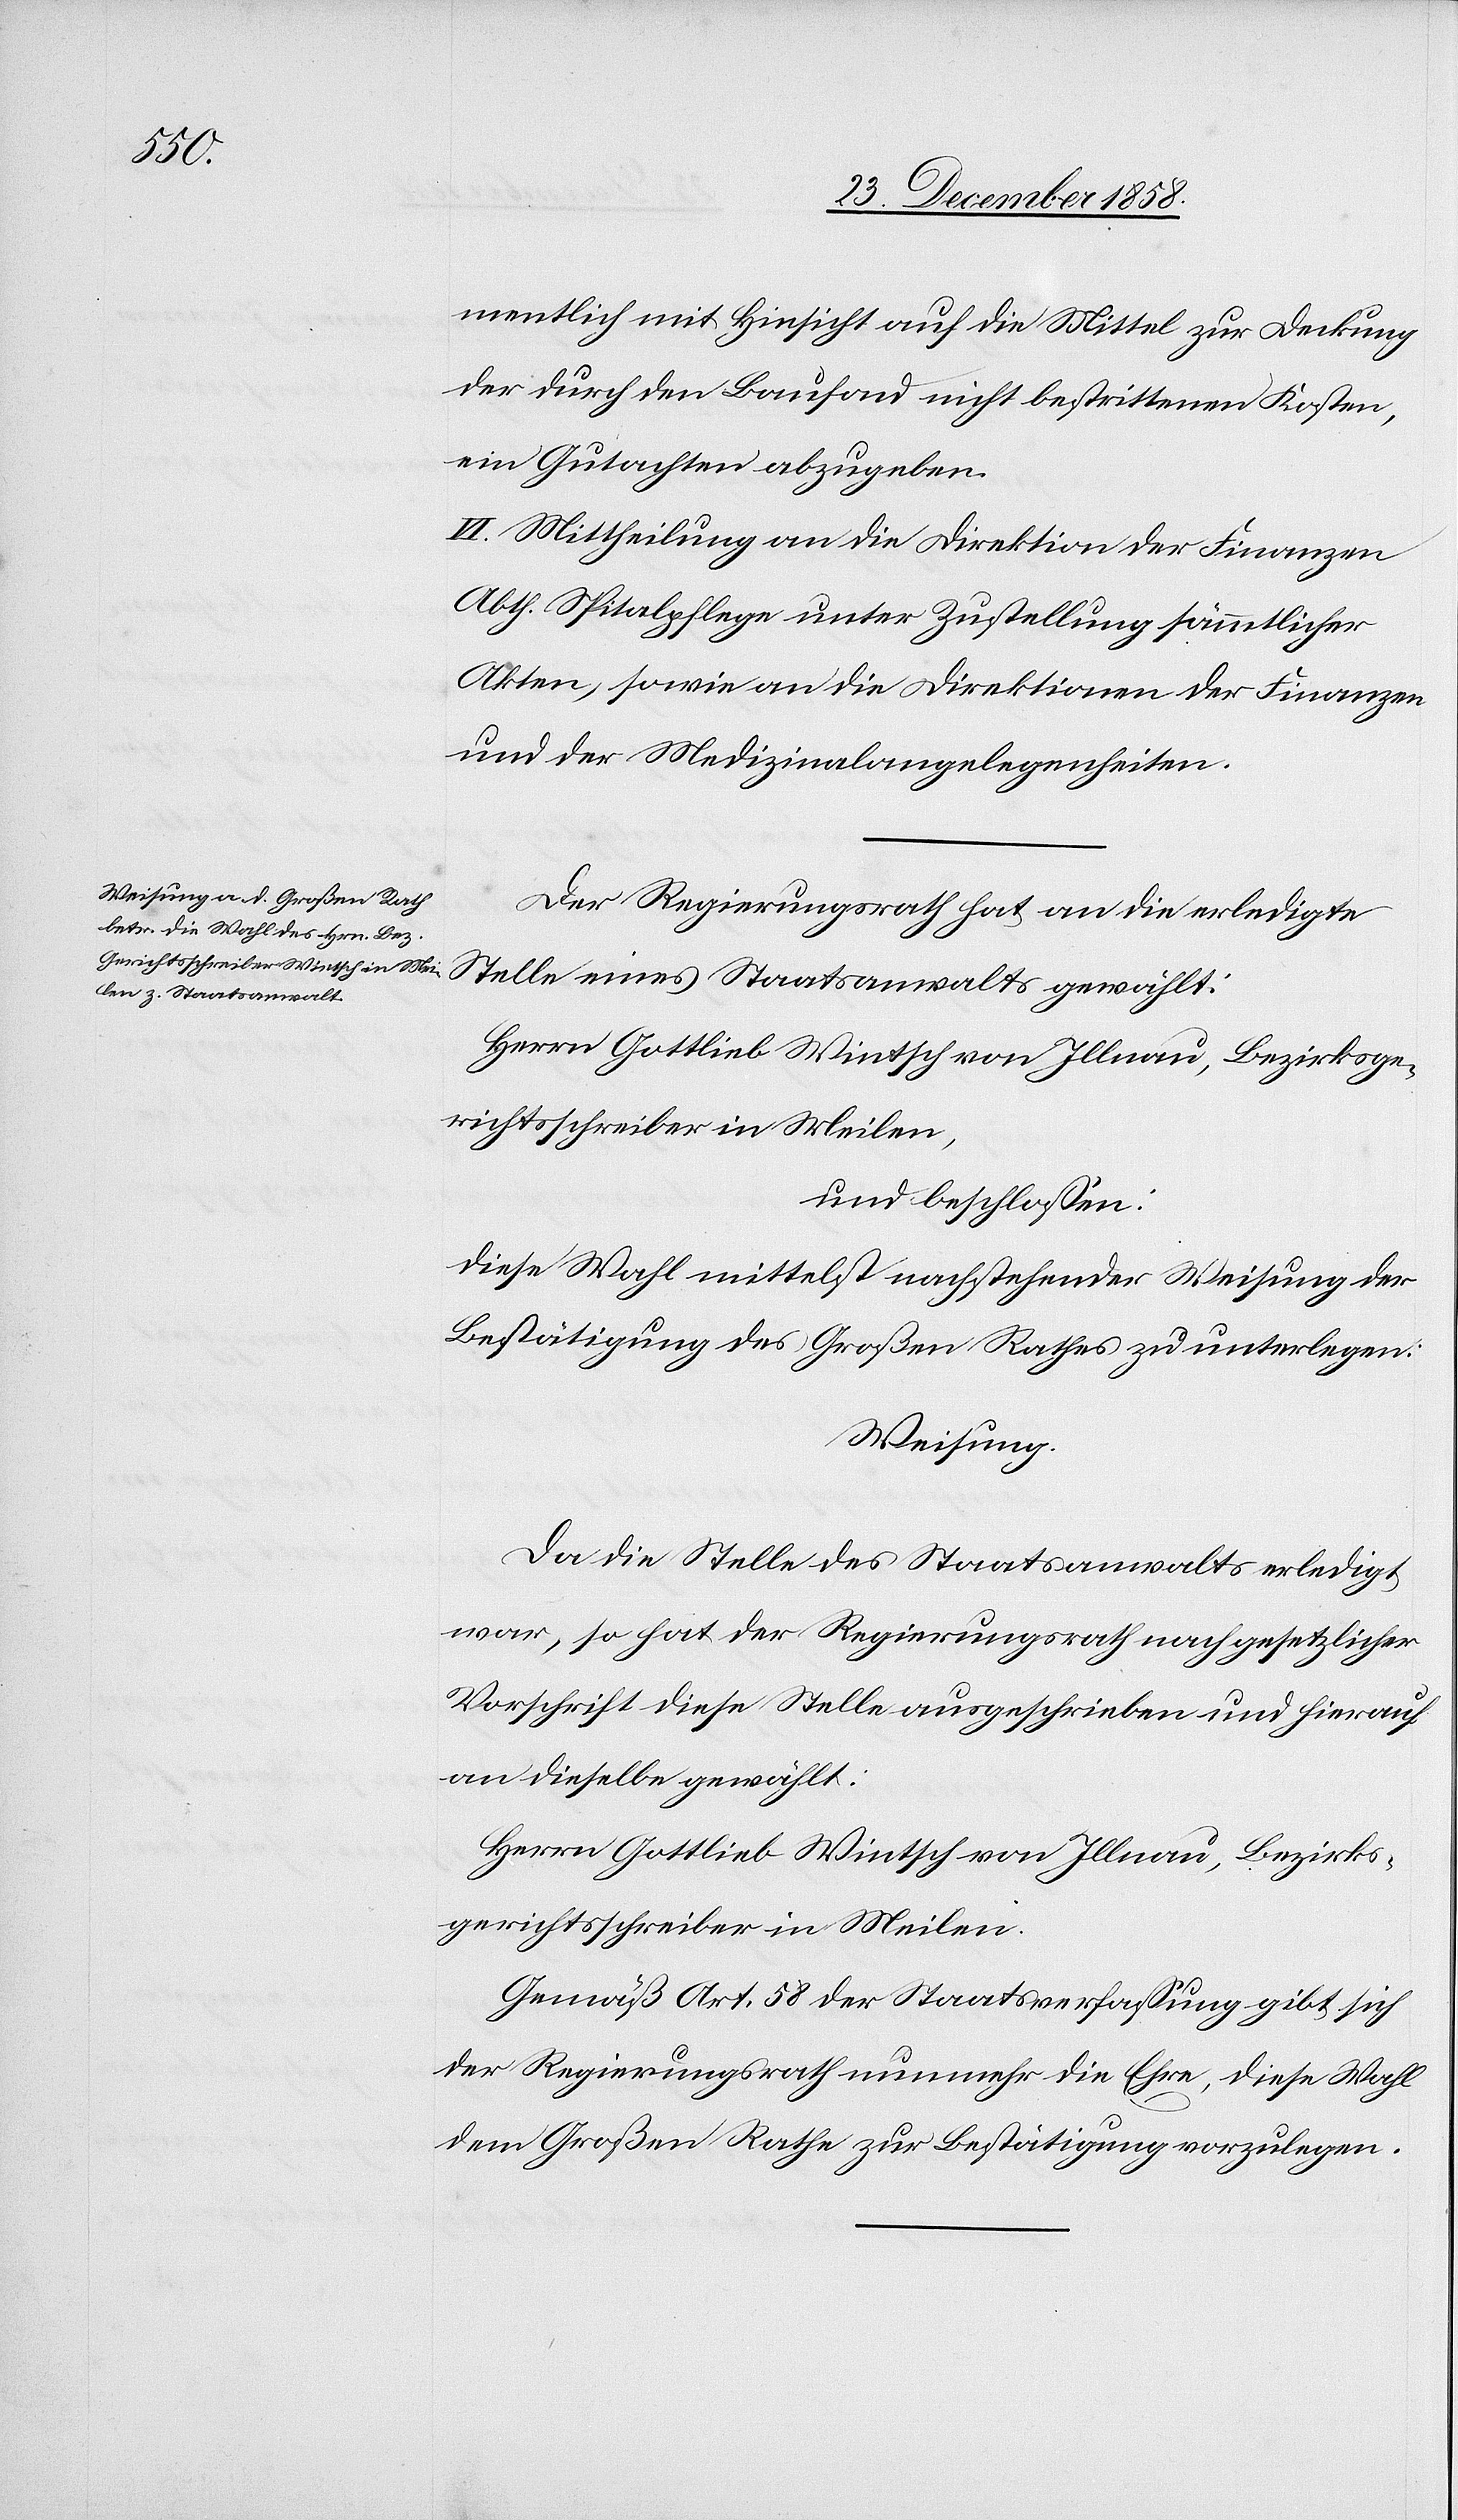
Stelle
mentlich mit Hinsicht auf die Mittel zur Deckung
der durch den Baufond nicht bestrittenen Kosten,
ein Gutachten abzugeben.
VI. Mittheilung an die Direktion der Finanzen
Abth. Spitalpflege unter Zustellung sämmtlicher
Akten, sowie an die Direktionen der Finanzen
und der Medizinalangelegenheiten.
Der Regierungsrath hat an die erledigte
eines Staatsanwalts
Herrn Gottlieb Wintsch von Illnau, Bezirksge¬
richtsschreiber in Meilen,
und beschlossen:
diese Wahl mittelst nachstehender Weisung der
Bestätigung des Großen Rathes zu unterlegen:
Weisung.
Da die Stelle des Staatsanwalts erledigt
war, so hat der Regierungsrath nach gesetzlicher
Vorschrift diese Stelle ausgeschrieben und hierauf
an dieselbe gewählt:
Herrn Gottlieb Wintsch von Illnau, Bezirks¬
gerichtsschreiber in Meilen.
Gemäß Art. 58 der Staatsverfassung gibt sich
der Regierungsrath nunmehr die Ehre, diese Wahl
dem Großen Rathe zur Bestätigung vorzulegen.